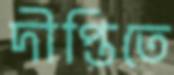
দীপ্তিতে